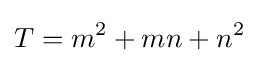
T=m^{2}+mn+n^{2}